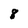
Character: 8